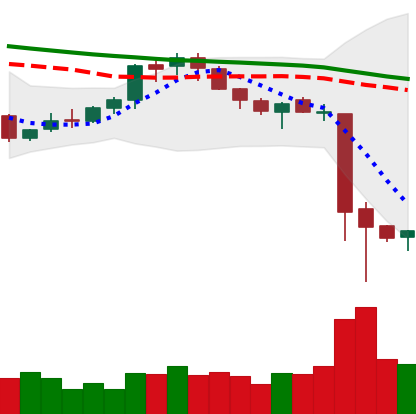
Ticker: XMR-USD
Chart end date: 2018-11-17
Forward return: -25.164%
Label: down_7plus